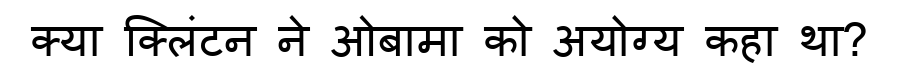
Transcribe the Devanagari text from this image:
क्या क्लिंटन ने ओबामा को अयोग्य कहा था?